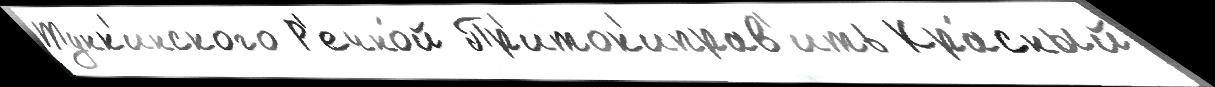
Тунк'инского Р'ечно́й Пр'иток'иправ'ить Кра́сный